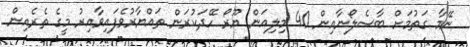
ނޭމާ ގަތުމަށް ބާސެލޯނާއިން 40 މިލިއަން ޔޫރޯ ހޭދަކުރަން ތައްޔާރުވެފައިވާއިރު މީގެ ތެރެއިން